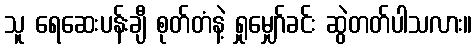
သူ ရေဆေးပန်းချီ စုတ်တံနဲ့ ရှုမျှော်ခင်း ဆွဲတတ်ပါသလား။